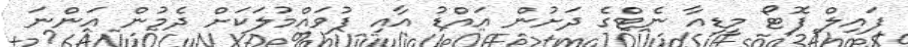
ފައިލް ފޮޓޯ މީޑިއާ ނެޓްގެ ދަށުން އައްޑު އާއި ފުވައްމުލަކަށް ދެމުން އަންނަ